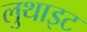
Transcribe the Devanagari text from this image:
लुथाइट